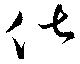
伏